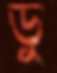
ডু